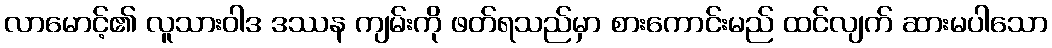
လာမောင့်၏ လူသားဝါဒ ဒဿန ကျမ်းကို ဖတ်ရသည်မှာ စားကောင်းမည် ထင်လျက် ဆားမပါသော